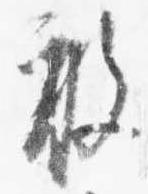
敢